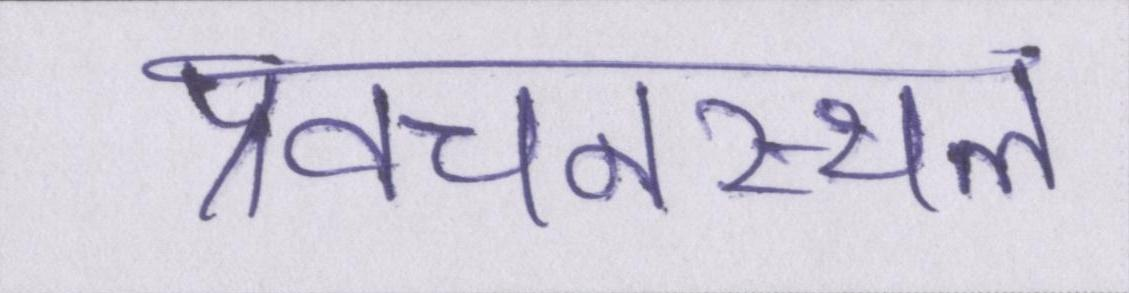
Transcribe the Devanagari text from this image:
प्रवचनस्थल